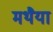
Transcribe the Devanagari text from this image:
मथैया